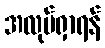
အလုပ်ရှာရန်